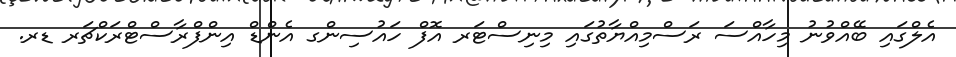
އެލްގައި ބޭއްވުނު މިހާއްސަ ރަސްމިއްޔާތުގައި މިނިސްޓަރ އޮފް ހައުސިންގ އެންޑް އިންފްރާސްޓްރަކްޗަރ ޑރ.